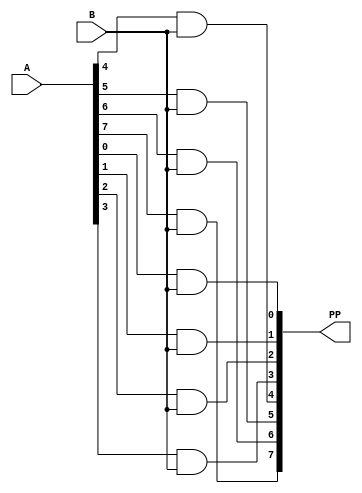
module Partial_Product_Generation (A,B,PP);
  input [7:0]A;
  input B;
  output [7:0]PP;
  
  assign PP[0]=A[0]&B;
  assign PP[1]=A[1]&B;
  assign PP[2]=A[2]&B;
  assign PP[3]=A[3]&B;
  assign PP[4]=A[4]&B;
  assign PP[5]=A[5]&B;
  assign PP[6]=A[6]&B;
  assign PP[7]=A[7]&B;
  assign PP[0]=A[0]&B;
  
  
endmodule